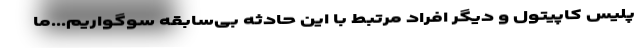
پلیس کاپیتول و دیگر افراد مرتبط با این حادثه بی‌سابقه سوگواریم...ما